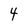
Character: 4